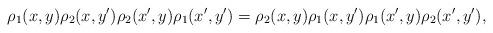
LaTeX: \begin{align*}\rho_1(x, y)\rho_2(x, y')\rho_2(x', y)\rho_1(x', y') = \rho_2(x, y)\rho_1(x, y')\rho_1(x', y)\rho_2(x',y'),\end{align*}